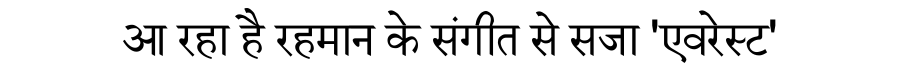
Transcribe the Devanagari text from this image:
आ रहा है रहमान के संगीत से सजा 'एवरेस्ट'